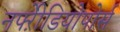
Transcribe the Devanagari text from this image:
नफ्ऱेीडियोपोर्स